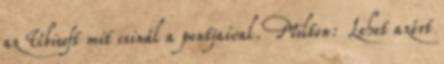
az Ubisoft mit csinál a pontjaival. Milton: Lehet azért